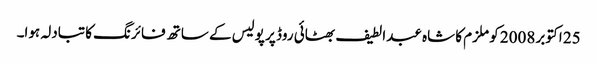
25 اکتوبر 2008 کو ملزم کا شاہ عبدالطیف بھٹائی روڈ پر پولیس کے ساتھ فائرنگ کا تبادلہ ہوا۔